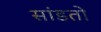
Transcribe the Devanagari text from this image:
सांडतो